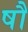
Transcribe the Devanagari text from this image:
षौ